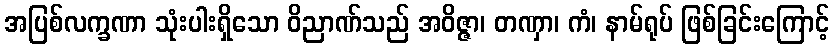
အပြစ်လက္ခဏာ သုံးပါးရှိသော ဝိညာဏ်သည် အဝိဇ္ဇာ၊ တဏှာ၊ ကံ၊ နာမ်ရုပ် ဖြစ်ခြင်းကြောင့်